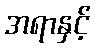
အရာနှင့်